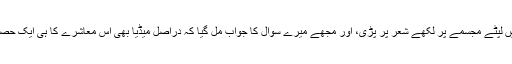
میں یہ سب سوچ ہی رہا تھا کہ میری نظر اخبار میں لپٹے مجسمے پر لکھے شعر پر پڑی، اور مجھے میرے سوال کا جواب مل گیا کہ دراصل میڈیا بھی اس معاشرے کا ہی ایک حصہ ہے اور میڈیا بھی ہمارے ساتھ سزا کاٹ رہا ہے۔